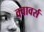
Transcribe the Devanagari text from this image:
क्वावर्स